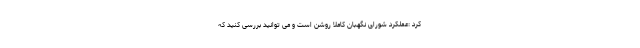
کرد :عملکرد شورای نگهبان کاملاً روشن است و می توانید بررسی کنید که